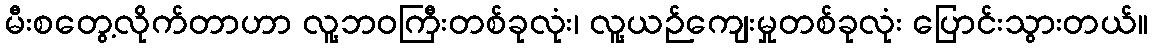
မီးစတွေ့လိုက်တာဟာ လူ့ဘဝကြီးတစ်ခုလုံး၊ လူ့ယဉ်ကျေးမှုတစ်ခုလုံး ပြောင်းသွားတယ်။